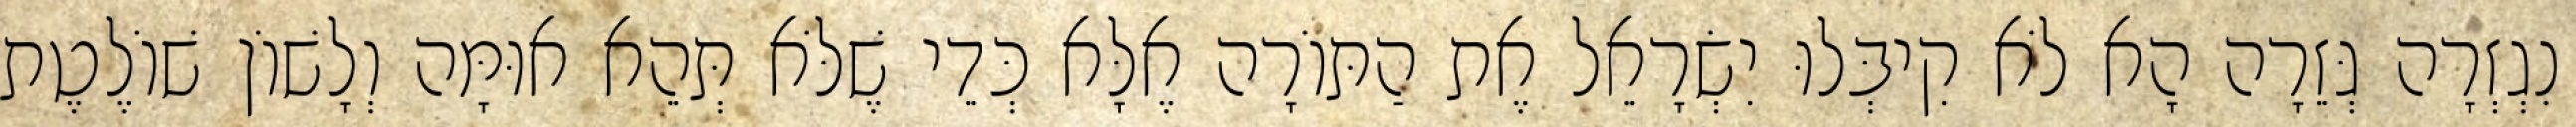
נִגְזְרָה גְּזֵרָה הָא לֹא קִיבְּלוּ יִשְׂרָאֵל אֶת הַתּוֹרָה אֶלָּא כְּדֵי שֶׁלֹּא תְּהֵא אוּמָּה וְלָשׁוֹן שׁוֹלֶטֶת